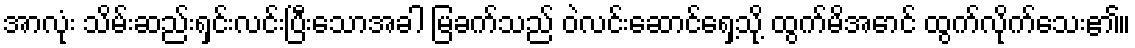
အာလုံး သိမ်းဆည်းရှင်းလင်းပြီးသောအခါ မြခက်သည် ဝဲလင်းဆောင်ရှေ့သို့ ထွက်မိအောင် ထွက်လိုက်သေး၏။